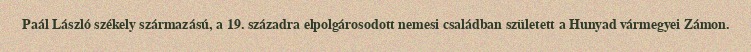
Paál László székely származású, a 19. századra elpolgárosodott nemesi családban született a Hunyad vármegyei Zámon.